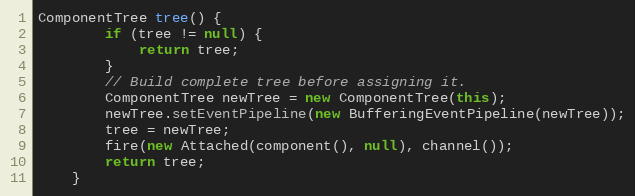
Language: Java
ComponentTree tree() {
        if (tree != null) {
            return tree;
        }
        // Build complete tree before assigning it.
        ComponentTree newTree = new ComponentTree(this);
        newTree.setEventPipeline(new BufferingEventPipeline(newTree));
        tree = newTree;
        fire(new Attached(component(), null), channel());
        return tree;
    }